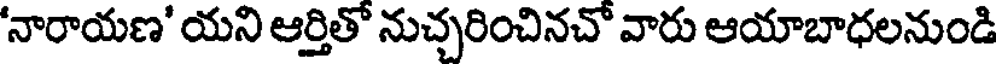
'నారాయణ' యని ఆర్తితో నుచ్చరించినచో వారు ఆయాబాధలనుండి